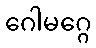
ဂေါမဂ္ဂေ